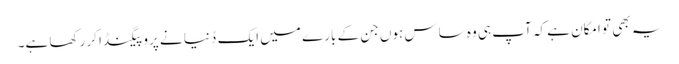
یہ بھی تو امکان ہے کہ آپ ہی وہ ساس ہوں جن کے بارے میں ایک دُنیا نے پروپیگنڈا کر رکھا ہے۔